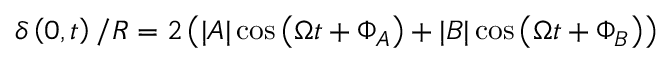
\delta \left( 0 , t \right) / R = 2 \left( | A | \cos { \left( \Omega t + \Phi _ { A } \right) } + | B | \cos { \left( \Omega t + \Phi _ { B } \right) } \right)